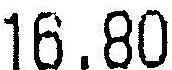
16.80